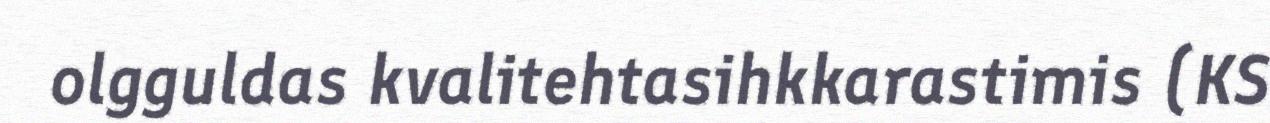
olgguldas kvalitehtasihkkarastimis (KS